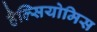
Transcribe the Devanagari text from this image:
हैल्सियोमिस